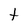
Character: t